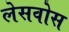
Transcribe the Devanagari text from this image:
लेसवोस